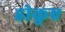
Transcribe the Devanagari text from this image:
होकुए